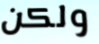
ولكن